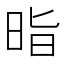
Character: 𭥲